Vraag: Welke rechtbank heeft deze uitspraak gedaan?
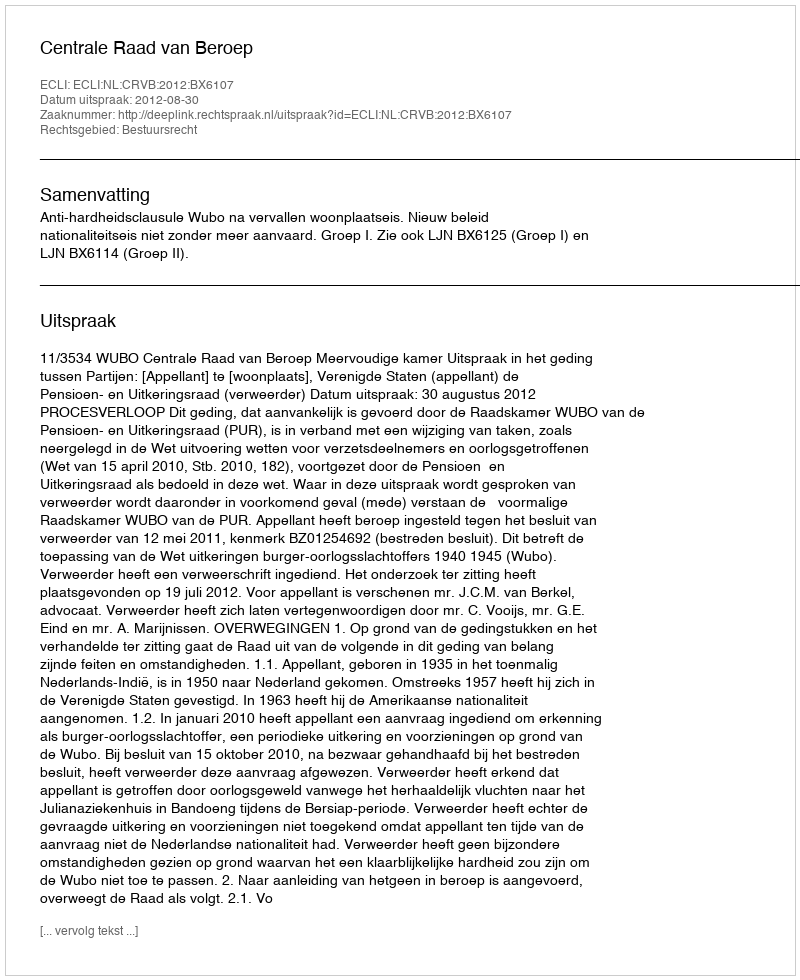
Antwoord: Centrale Raad van Beroep